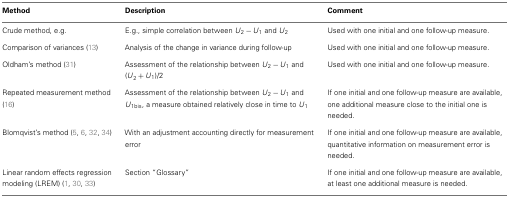
<table><thead><tr><td><b>Method</b></td><td><b>Description</b></td><td><b>Comment</b></td></tr></thead><tbody><tr><td>Crude method, e.g.</td><td>E.g., simple correlation between <i>U</i><sub>2</sub> − <i>U</i><sub>1</sub> and <i>U</i><sub>2</sub></td><td>Used with one initial and one follow-up measure.</td></tr><tr><td>Comparison of variances (13)</td><td>Analysis of the change in variance during follow-up</td><td>Used with one initial and one follow-up measure.</td></tr><tr><td>Oldham’s method (31)</td><td>Assessment of the relationship between <i>U</i><sub>2</sub> − <i>U</i><sub>1</sub> and (<i>U</i><sub>2</sub> + <i>U</i><sub>1</sub>)/2</td><td>Used with one initial and one follow-up measure.</td></tr><tr><td>Repeated measurement method (16)</td><td>Assessment of the relationship between <i>U</i><sub>2</sub> − <i>U</i><sub>1</sub> and <i>U</i><sub>1bis</sub>, a measure obtained relatively close in time to <i>U</i><sub>1</sub></td><td>If one initial and one follow-up measure are available, one additional measure close to the initial one is needed.</td></tr><tr><td>Blomqvist’s method (5, 6, 32, 34)</td><td>With an adjustment accounting directly for measurement error</td><td>If one initial and one follow-up measure are available, quantitative information on measurement error is needed.</td></tr><tr><td>Linear random effects regression modeling (LREM) (1, 30, 33)</td><td>Section “Glossary”</td><td>If one initial and one follow-up measure are available, at least one additional measure is needed.</td></tr></tbody></table>